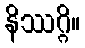
နိဿဂ္ဂိ။